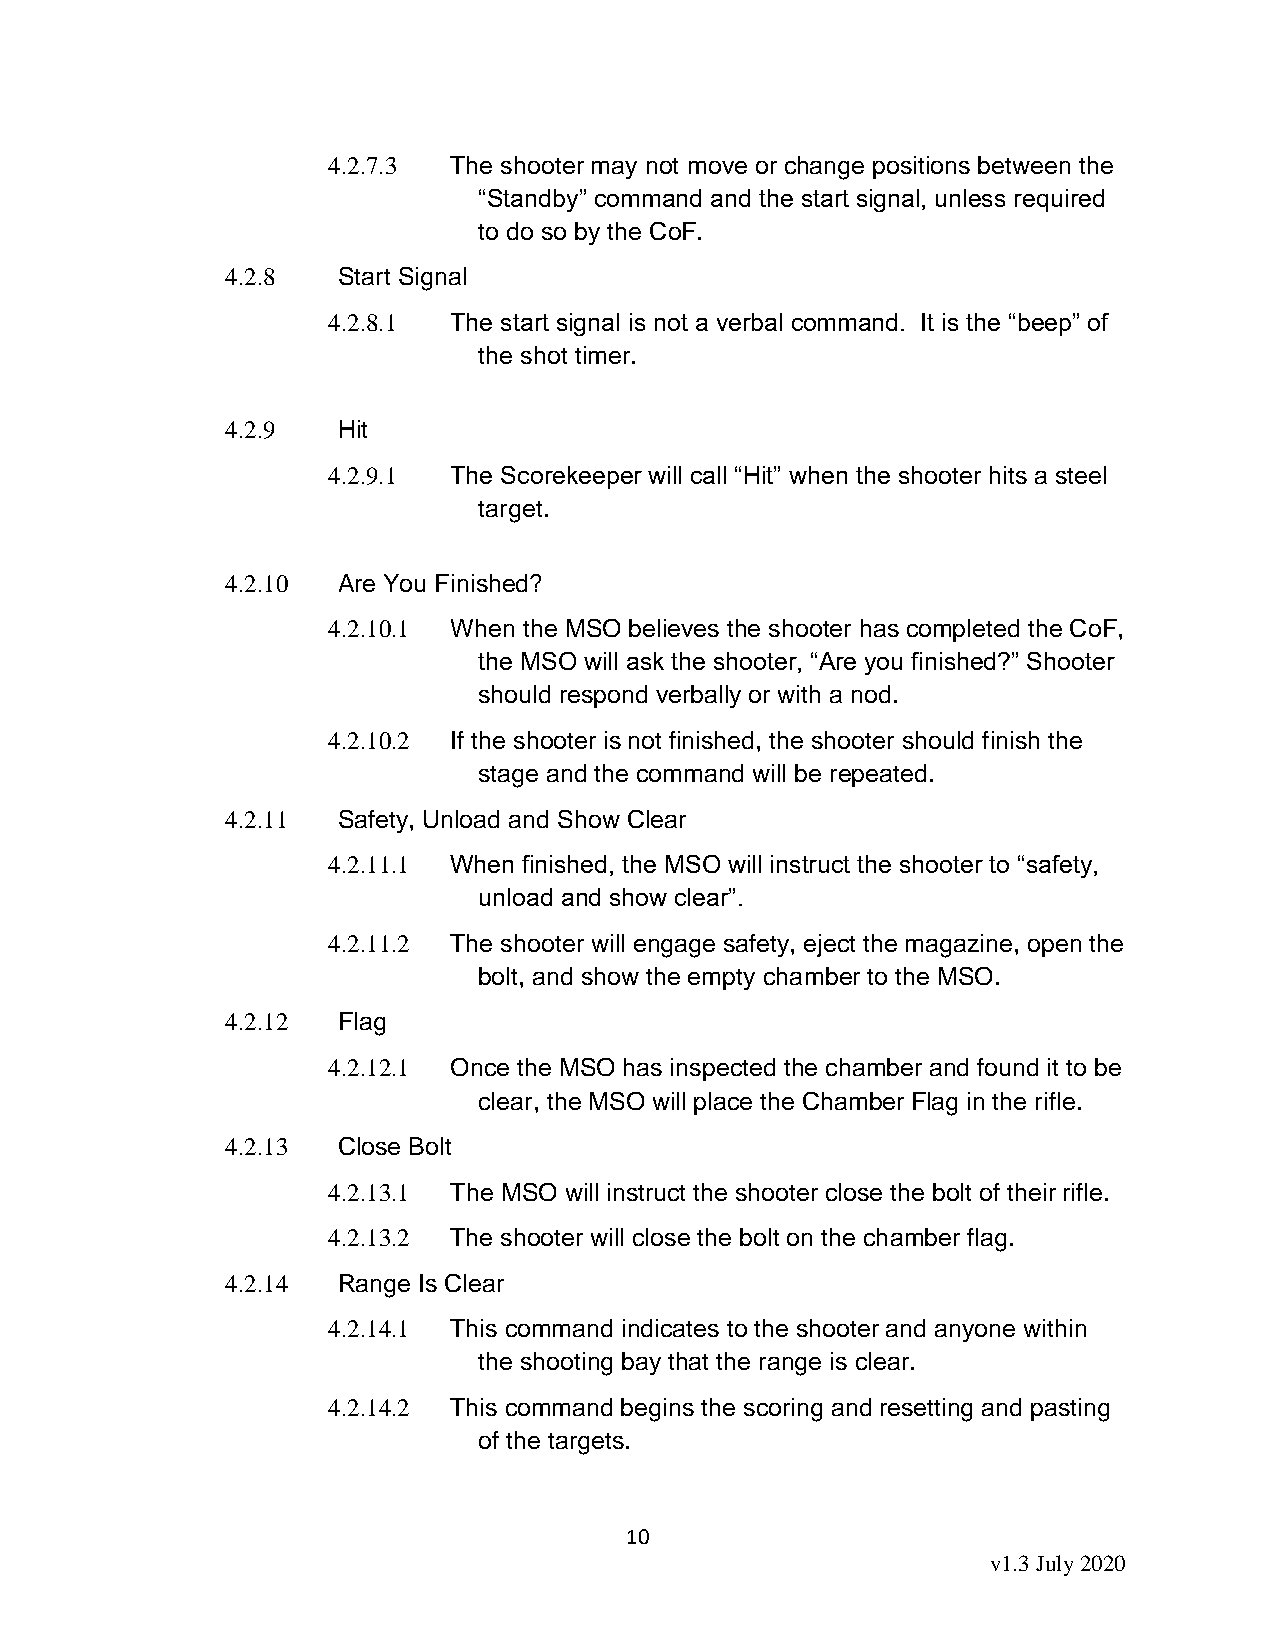
4.2.7.3 The shooter may not move or change positions between the
 “Standby” command and the start signal, unless required
 to do so by the CoF.
 4.2.8  Start Signal
 4.2.8.1 The start signal is not a verbal command. It is the “beep” of
 the shot timer.
 4.2.9  Hit
 4.2.9.1 The Scorekeeper will call “Hit” when the shooter hits a steel
 target.
 4.2.10 Are You Finished?
 4.2.10.1 When the MSO believes the shooter has completed the CoF,
 the MSO will ask the shooter, “Are you finished?” Shooter
 should respond verbally or with a nod.
 4.2.10.2 If the shooter is not finished, the shooter should finish the
 stage and the command will be repeated.
 4.2.11 Safety, Unload and Show Clear
 4.2.11.1 When finished, the MSO will instruct the shooter to “safety,
 unload and show clear”.
 4.2.11.2 The shooter will engage safety, eject the magazine, open the
 bolt, and show the empty chamber to the MSO.
 4.2.12 Flag
 4.2.12.1 Once the MSO has inspected the chamber and found it to be
 clear, the MSO will place the Chamber Flag in the rifle.
 4.2.13 Close Bolt
 4.2.13.1 The MSO will instruct the shooter close the bolt of their rifle.
 4.2.13.2 The shooter will close the bolt on the chamber flag.
 4.2.14 Range Is Clear
 4.2.14.1 This command indicates to the shooter and anyone within
 the shooting bay that the range is clear.
 4.2.14.2 This command begins the scoring and resetting and pasting
 of the targets.
 10
 v1.3 July 2020